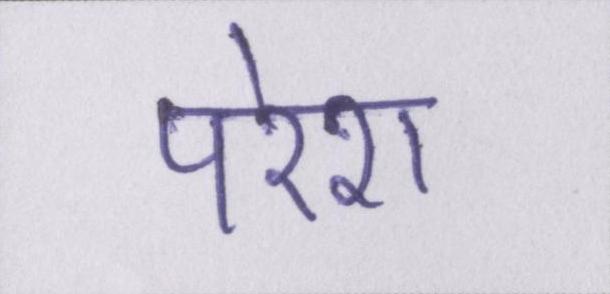
परेश